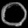
Digit: ၀